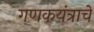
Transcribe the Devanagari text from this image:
गणकयंत्राचे